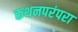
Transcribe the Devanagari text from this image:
कथनपरंपरा